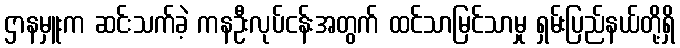
ဌာနမှူးက ဆင်းသက်ခဲ့ ကနဦးလုပ်ငန်းအတွက် ထင်သာမြင်သာမှု ရှမ်းပြည်နယ်တို့ရှိ